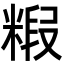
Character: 𮇭